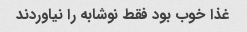
غذا خوب بود فقط نوشابه را نیاوردند